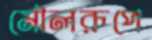
মৌলরূপে